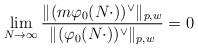
LaTeX: \begin{align*} \lim_{N\to\infty}\frac{\|(m \varphi_0(N\cdot))^\vee\|_{p,w}}{\| (\varphi_0(N\cdot))^\vee\|_{p,w}}=0 \end{align*}